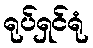
ရုပ်ရှင်ရုံ